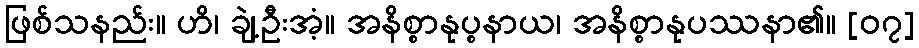
ဖြစ်သနည်း။ ဟိ၊ ချဲ့ဦးအံ့။ အနိစ္စာနုပ္စနာယ၊ အနိစ္စာနုပဿနာ၏။ [၀၇]